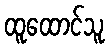
ထူထောင်သူ